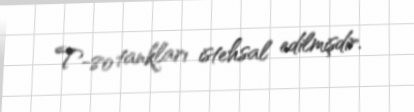
T-80 tankları istehsal edilmişdir.